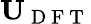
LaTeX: \mathbf{U}_{\mathrm{~D~F~T~}}